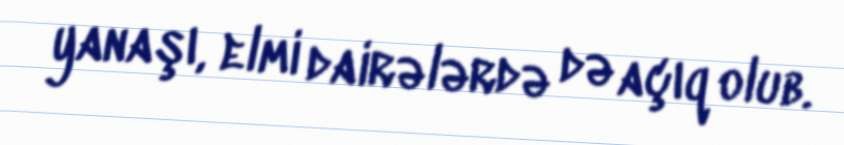
yanaşı, elmi dairələrdə də açıq olub.